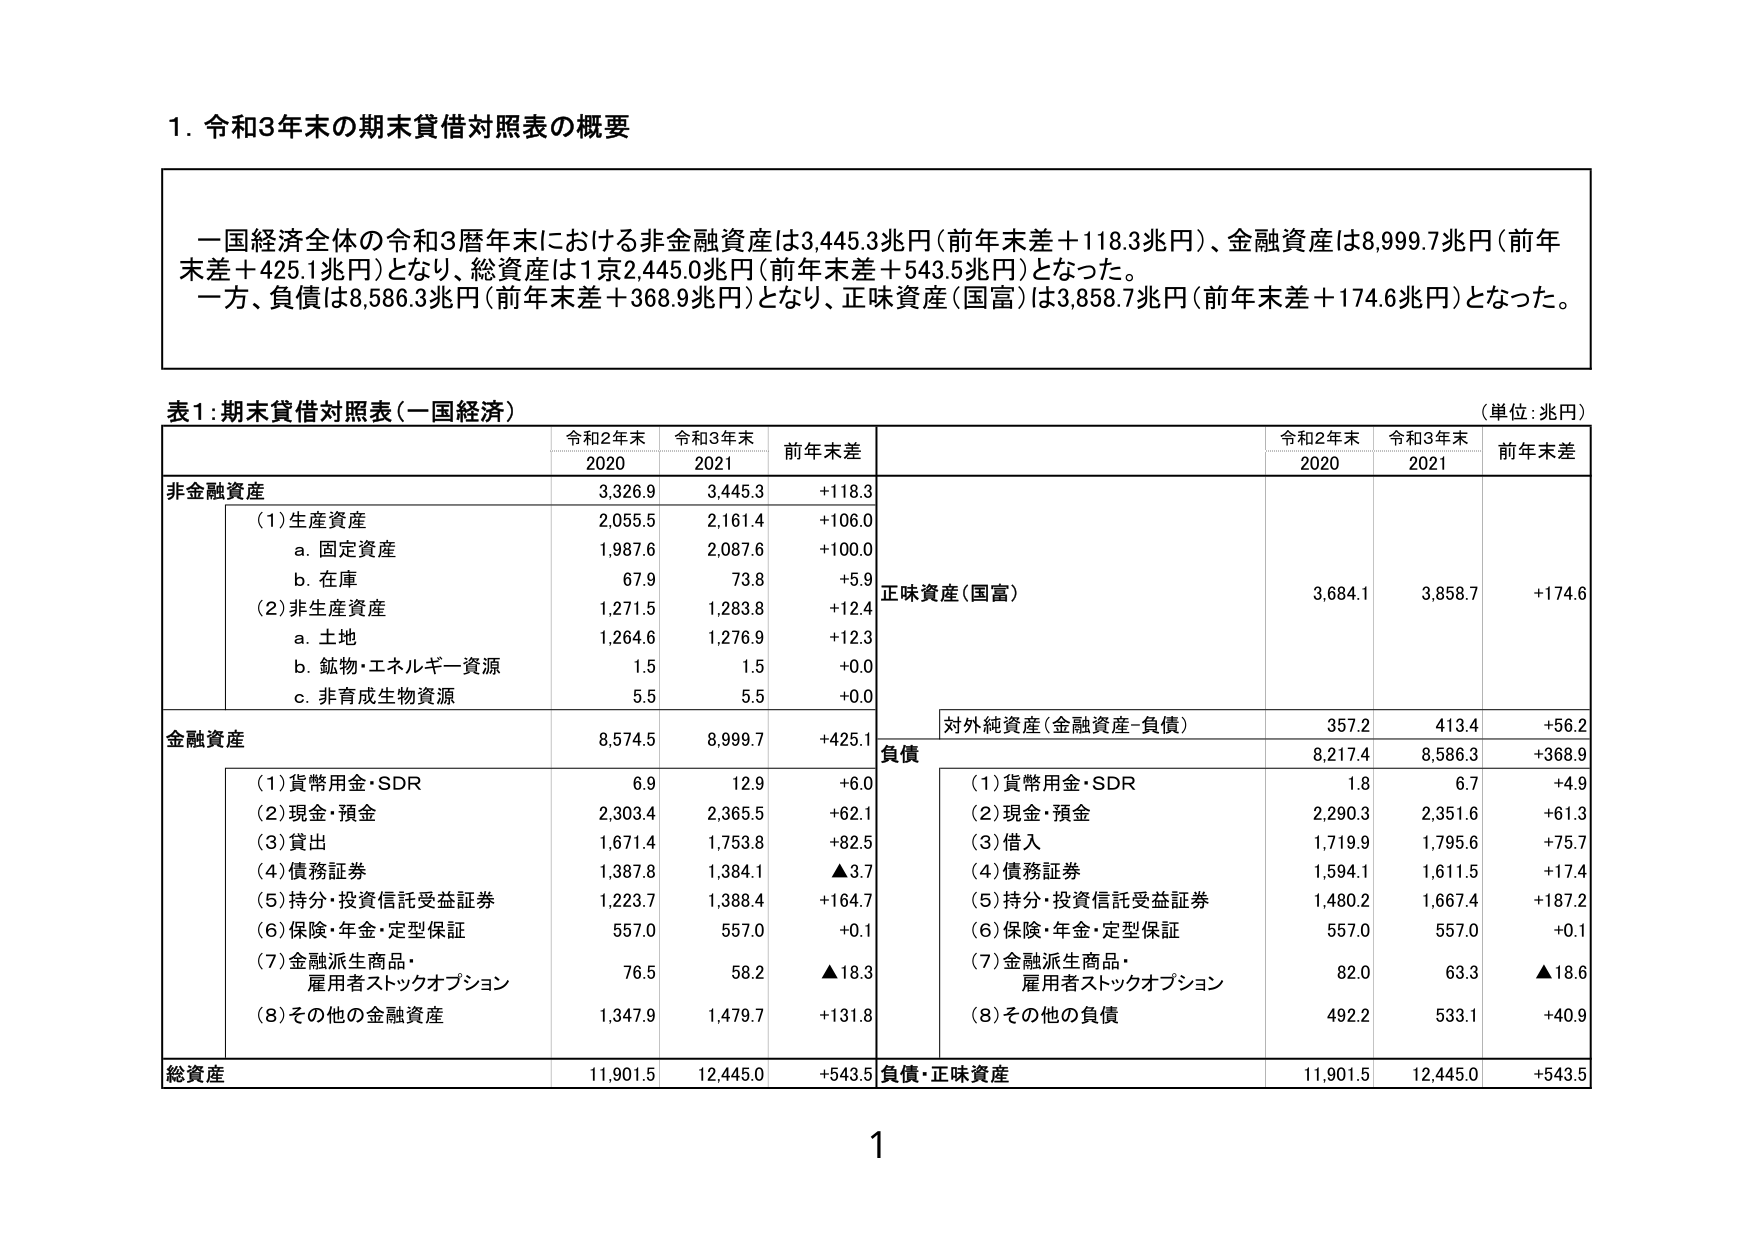
1. 令和3年末の期末貸借対照表の概要

一国経済全体の令和3暦年末における非金融資産は3,445.3兆円（前年末差＋118.3兆円）、金融資産は8,999.7兆円（前年末差＋425.1兆円）となり、総資産は1京2,445.0兆円（前年末差＋543.5兆円）となった。
一方、負債は8,586.3兆円（前年末差＋368.9兆円）となり、正味資産（国富）は3,858.7兆円（前年末差＋174.6兆円）となった。

表1：期末貸借対照表（一国経済）
（単位：兆円）

令和2年末　令和3年末　前年末差
2020　　　　2021　　　　前年末差

非金融資産　　　　　　　　3,326.9　　3,445.3　　＋118.3
　（1）生産資産　　　　　　2,055.5　　2,161.4　　＋106.0
　　a. 固定資産　　　　　　1,987.6　　2,087.6　　＋100.0
　　b. 在庫　　　　　　　　67.9　　　73.8　　　＋5.9
　（2）非生産資産　　　　　1,271.5　　1,283.8　　＋12.4
　　a. 土地　　　　　　　　1,264.6　　1,276.9　　＋12.3
　　b. 鉱物・エネルギー資源　1.5　　　1.5　　　＋0.0
　　c. 非育成生物資源　　　　5.5　　　5.5　　　＋0.0

金融資産　　　　　　　　　8,574.5　　8,999.7　　＋425.1
　（1）貨幣用金・SDR　　　　6.9　　　12.9　　　＋6.0
　（2）現金・預金　　　　　2,303.4　　2,365.5　　＋62.1
　（3）貸出　　　　　　　　1,671.4　　1,753.8　　＋82.5
　（4）債務証券　　　　　　1,387.8　　1,384.1　　▲3.7
　（5）持分・投資信託受益証券　1,223.7　　1,388.4　　＋164.7
　（6）保険・年金・定型保証　557.0　　557.0　　　＋0.1
　（7）金融派生商品・
　　　雇用者ストックオプション　76.5　　58.2　　　▲18.3
　（8）その他の金融資産　　　1,347.9　　1,479.7　　＋131.8

総資産　　　　　　　　　　11,901.5　　12,445.0　　＋543.5

正味資産（国富）　　　　　　3,684.1　　3,858.7　　＋174.6

対外純資産（金融資産－負債）　357.2　　413.4　　＋56.2

負債　　　　　　　　　　　8,217.4　　8,586.3　　＋368.9
　（1）貨幣用金・SDR　　　　1.8　　　6.7　　　＋4.9
　（2）現金・預金　　　　　2,290.3　　2,351.6　　＋61.3
　（3）借入　　　　　　　　1,719.9　　1,795.6　　＋75.7
　（4）債務証券　　　　　　1,594.1　　1,611.5　　＋17.4
　（5）持分・投資信託受益証券　1,480.2　　1,667.4　　＋187.2
　（6）保険・年金・定型保証　557.0　　557.0　　　＋0.1
　（7）金融派生商品・
　　　雇用者ストックオプション　82.0　　63.3　　　▲18.6
　（8）その他の負債　　　　　492.2　　533.1　　　＋40.9

負債・正味資産　　　　　　11,901.5　　12,445.0　　＋543.5

1